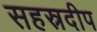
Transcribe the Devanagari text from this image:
सहस्रदीप